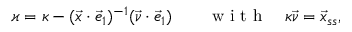
\varkappa = \kappa - ( \vec { \mathfrak { x } } \cdot \vec { e } _ { 1 } ) ^ { - 1 } ( \vec { \nu } \cdot \vec { e } _ { 1 } ) \qquad \mathrm { ~ w ~ i ~ t ~ h ~ } \quad \kappa \vec { \nu } = \vec { \mathfrak { x } } _ { s s } ,